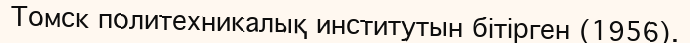
Томск политехникалық институтын бітірген (1956).